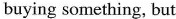
buying something,but